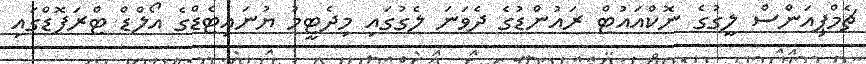
ޗެމްޕިއަންސް ލީގުގެ ނޮކްއައުޓް ރައުންޑުގެ ދެވަނަ ލެގުގައި މިދެޓީމު ޔުނައިޓެޑްގެ އޯލްޑް ޓްރަފޮޑްގައި